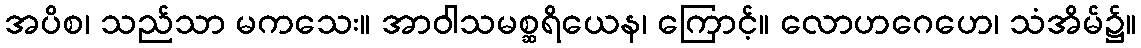
အပိစ၊ သည်သာ မကသေး။ အာဝါသမစ္ဆရိယေန၊ ကြောင့်။ လောဟဂေဟေ၊ သံအိမ်၌။